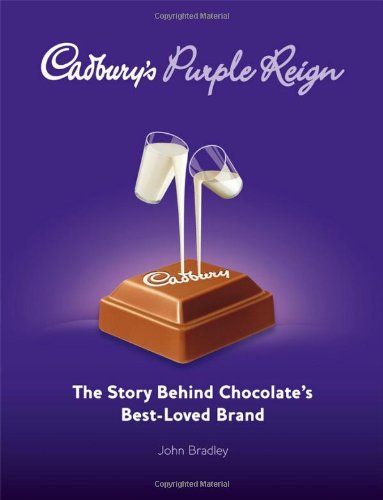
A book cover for Cadbury's Purple Reign: The Story Behind Chocolate's Best-Loved Brand; John Bradley; Cookbooks, Food & Wine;